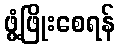
ဖွံ့ဖြိုးစေရန်